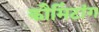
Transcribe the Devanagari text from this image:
कौमिंटांग